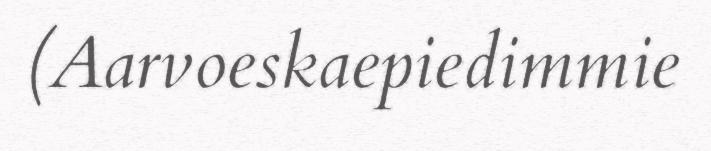
(Aarvoeskaepiedimmie